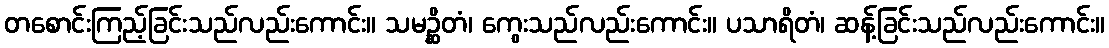
တစောင်းကြည့်ခြင်းသည်လည်းကောင်း။ သမဉ္ဆိတံ၊ ကွေးသည်လည်းကောင်း။ ပသာရိတံ၊ ဆန့်ခြင်းသည်လည်းကောင်း။